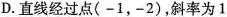
D.直线经过点(-1，-2)，斜率为1